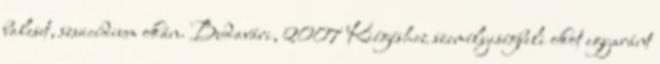
baleset, szuicídium okán. Budavári, 2007 Kiégéshez személyiségbeli okot egyaránt